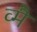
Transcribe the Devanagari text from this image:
व्मैं